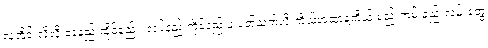
လူတိုင်းလိုလို နေနည်းထိုင်နည်း၊ လုပ်နည်းကိုင်နည်းနဲ့ ပတ်သက်လို့ ကိုယ့်အထာနဲ့ကိုယ် စည်းကမ်းနည်းလမ်းတွေ